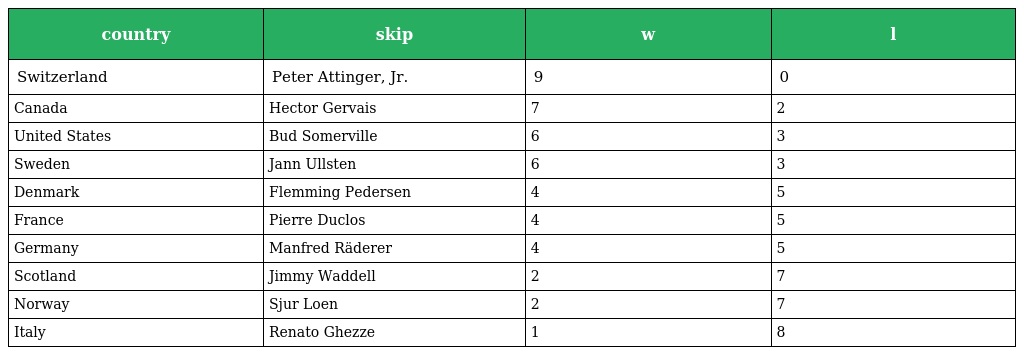
| country | skip | w | l |
 | --- | --- | --- | --- |
 | Switzerland | Peter Attinger, Jr. | 9 | 0 |
 | Canada | Hector Gervais | 7 | 2 |
 | United States | Bud Somerville | 6 | 3 |
 | Sweden | Jann Ullsten | 6 | 3 |
 | Denmark | Flemming Pedersen | 4 | 5 |
 | France | Pierre Duclos | 4 | 5 |
 | Germany | Manfred Räderer | 4 | 5 |
 | Scotland | Jimmy Waddell | 2 | 7 |
 | Norway | Sjur Loen | 2 | 7 |
 | Italy | Renato Ghezze | 1 | 8 |